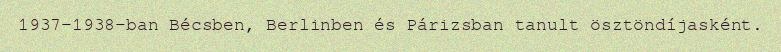
1937–1938-ban Bécsben, Berlinben és Párizsban tanult ösztöndíjasként.